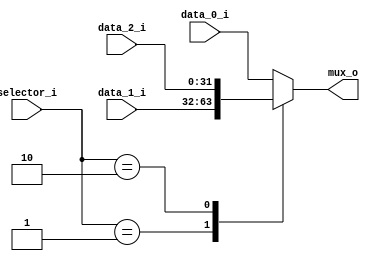
/******************************************************************
* Description
*	This is a 3to1 multiplexer that can be parameterized in its bit-width.
*	1.0
* Author:
*	Jaime Alberto Camacho Ortiz
* email:
*	ie725668@iteso.mx
* Date:
*	22.06.2020
******************************************************************/

module Multiplexer_3_to_1
#(
	parameter N_BITS=32
)
(
	input [1:0] selector_i,
	input [N_BITS-1:0] data_0_i,
	input [N_BITS-1:0] data_1_i,
	input [N_BITS-1:0] data_2_i,
	
	output [N_BITS-1:0] mux_o
);

reg [N_BITS-1:0] output_aux_r;

localparam DATA_0 = 2'b00;
localparam DATA_1 = 2'b01;
localparam DATA_2 = 2'b10;

	always@(selector_i or data_1_i or data_0_i or data_2_i) begin
		case (selector_i)
			DATA_0	: output_aux_r = data_0_i;
			DATA_1	: output_aux_r = data_1_i;
			DATA_2	: output_aux_r = data_2_i;
			default	: output_aux_r = data_0_i;
		endcase
	end

assign mux_o = output_aux_r;

endmodule